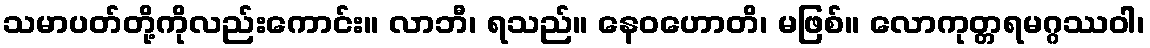
သမာပတ်တို့ကိုလည်းကောင်း။ လာဘီ၊ ရသည်။ နေဝဟောတိ၊ မဖြစ်။ လောကုတ္တရမဂ္ဂဿဝါ၊